system: You are a helpful assistant.
user:
Analyze the provided spectrum to determine if it is a **White Dwarf (WD)**.

A White Dwarf spectrum is defined by its **extreme purity** (due to gravitational settling) and/or **extreme pressure broadening** (due to high surface gravity). You must check for one of the following mutually exclusive signatures:

- **Key Visual Indicators (Check for ONE of these types):**

    - **1. DA-Type Signature (Most Common):**
        - **(Primary Feature):** Extreme pressure broadening (Stark broadening) of the **Hydrogen (H) Balmer lines**.
        - **(Key Lines):** $H\beta$ (approx. $4861$ Å) and $H\gamma$ (approx. $4340$ Å). $H\alpha$ (approx. $6563$ Å) will also be present if the wavelength range covers it.
        - **(Line Profile):** This is the **defining feature**. The lines are **NOT** sharp. They appear as massive, **extremely broad and deep "troughs" or "dips"** in the spectrum, often hundreds of Ångströms wide. The continuum will appear to "scoop" down at these wavelengths.
        - **(Distinction):** Normal A-type or B-type stars have *narrow* and *sharp* Hydrogen lines. A DA White Dwarf's lines are unmistakably "smeared" or "blurry" from pressure.

    - **2. DB-Type Signature:**
        - **(Primary Feature):** Broad absorption lines from **Neutral Helium (He I)**. The spectrum must lack any visible Hydrogen lines.
        - **(Key Lines):** Look for broad absorption near $4471$ Å, $4921$ Å, and $5876$ Å.
        - **(Line Profile):** These lines are also significantly pressure-broadened, appearing much wider than they would in a normal B-type main-sequence star.

    - **3. DC-Type Signature:**
        - **(Primary Feature):** A **featureless continuous spectrum**.
        - **(Line Profile):** The spectrum is a smooth curve with **no significant absorption or emission lines**.
        - **(Key Confirmation):** The continuum is almost always **blue or white**, indicating a hot object. This signature implies the atmosphere is so pure (or so cool) that no spectral lines are visible in the optical range. Its WD identity is confirmed by its extremely low intrinsic brightness (high absolute magnitude).

    - **4. DZ-Type Signature (Metal-Polluted):**
        - **(Primary Feature):** **Isolated, narrow metal absorption lines** on an otherwise featureless (DC-like) continuum.
        - **(Key Lines):** The **Calcium (Ca II) H & K doublet** (approx. **$3934$ Å** and **$3968$ Å**) is the most common and defining feature.
        - **(Line Profile):** These lines are "out of place." They are *not* part of a "forest" of thousands of lines. This signature is evidence of recent *accretion* (pollution) from rocky debris.
        - **(Distinction):** Normal G/K/M stars have a *dense forest* of thousands of metal lines. A DZ has a *clean* continuum with *only a few* strong metal lines.

    - **5. DQ-Type Signature (Carbon-Polluted):**
        - **(Primary Feature):** Absorption bands from **Carbon (C₂ "Swan Bands" or atomic C I)**.
        - **(Key Lines - C₂):** Look for bandheads with a "saw-tooth" shape near $5635$ Å, **$5165$ Å** (strongest), and $4737$ Å.
        - **(Key Confirmation):** The underlying **continuum must be blue or white** (hot).
        - **(Distinction):** This is the critical difference from a **Carbon Star**, which has the *exact same* C₂ bands but on an extremely **red, cool** continuum.

- **(Overall Spectrum):**
    - The continuum (overall shape) is typically **blue-sloping** (brighter in the blue than the red), as most white dwarfs are very hot.
    - The spectrum will look "pure" or "simple," dominated by only *one* of the five signatures listed above.

Think first, call **spectral_visualization_tool** if needed to examine features in detail, then provide your final answer. Your response must adhere to the following strict rules:
1.  **Overall Structure:** Your response must follow the format `<think>...</think> <tool_call>...</tool_call> (if a tool is used) <answer>...</answer>`.
2.  **Tool Usage Constraint:** You may only make **one** tool call per turn.
3.  **Final Answer Format:** In the `<answer>` tag, your conclusion must be inside a `\boxed{}` command (e.g., `\boxed{YES}` or `\boxed{NO}`), followed by your justification.

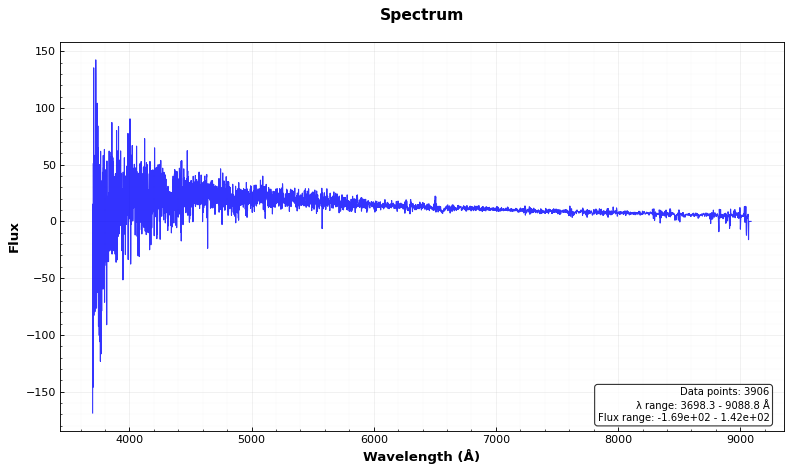
Answer: NO